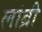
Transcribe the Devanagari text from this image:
लांब्री